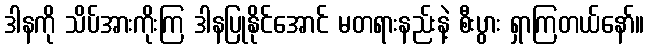
ဒါနကို သိပ်အားကိုးကြ ဒါနပြုနိုင်အောင် မတရားနည်းနဲ့ စီးပွား ရှာကြတယ်နော်။